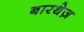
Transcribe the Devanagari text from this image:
बारथेज़